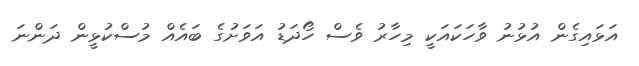
އަޅައިގެން އުޅުނު ވާހަކައަކީ މިހާރު ވެސް ހޯދަޑު އަވަށުގެ ބައެއް މުސްކުޅީން ދަންނަ